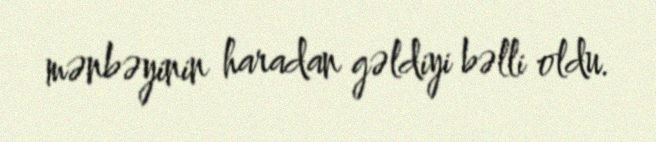
mənbəyinin haradan gəldiyi bəlli oldu.